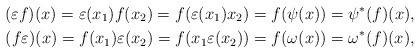
\begin{gather*} (\varepsilon f)(x) = \varepsilon (x_1) f(x_2) = f(\varepsilon (x_1) x_2) =f(\psi(x)) = \psi^*(f)(x), \\ (f \varepsilon )(x) = f(x_1) \varepsilon (x_2) = f(x_1 \varepsilon (x_2))= f(\omega(x)) = \omega^*(f)(x),\end{gather*}